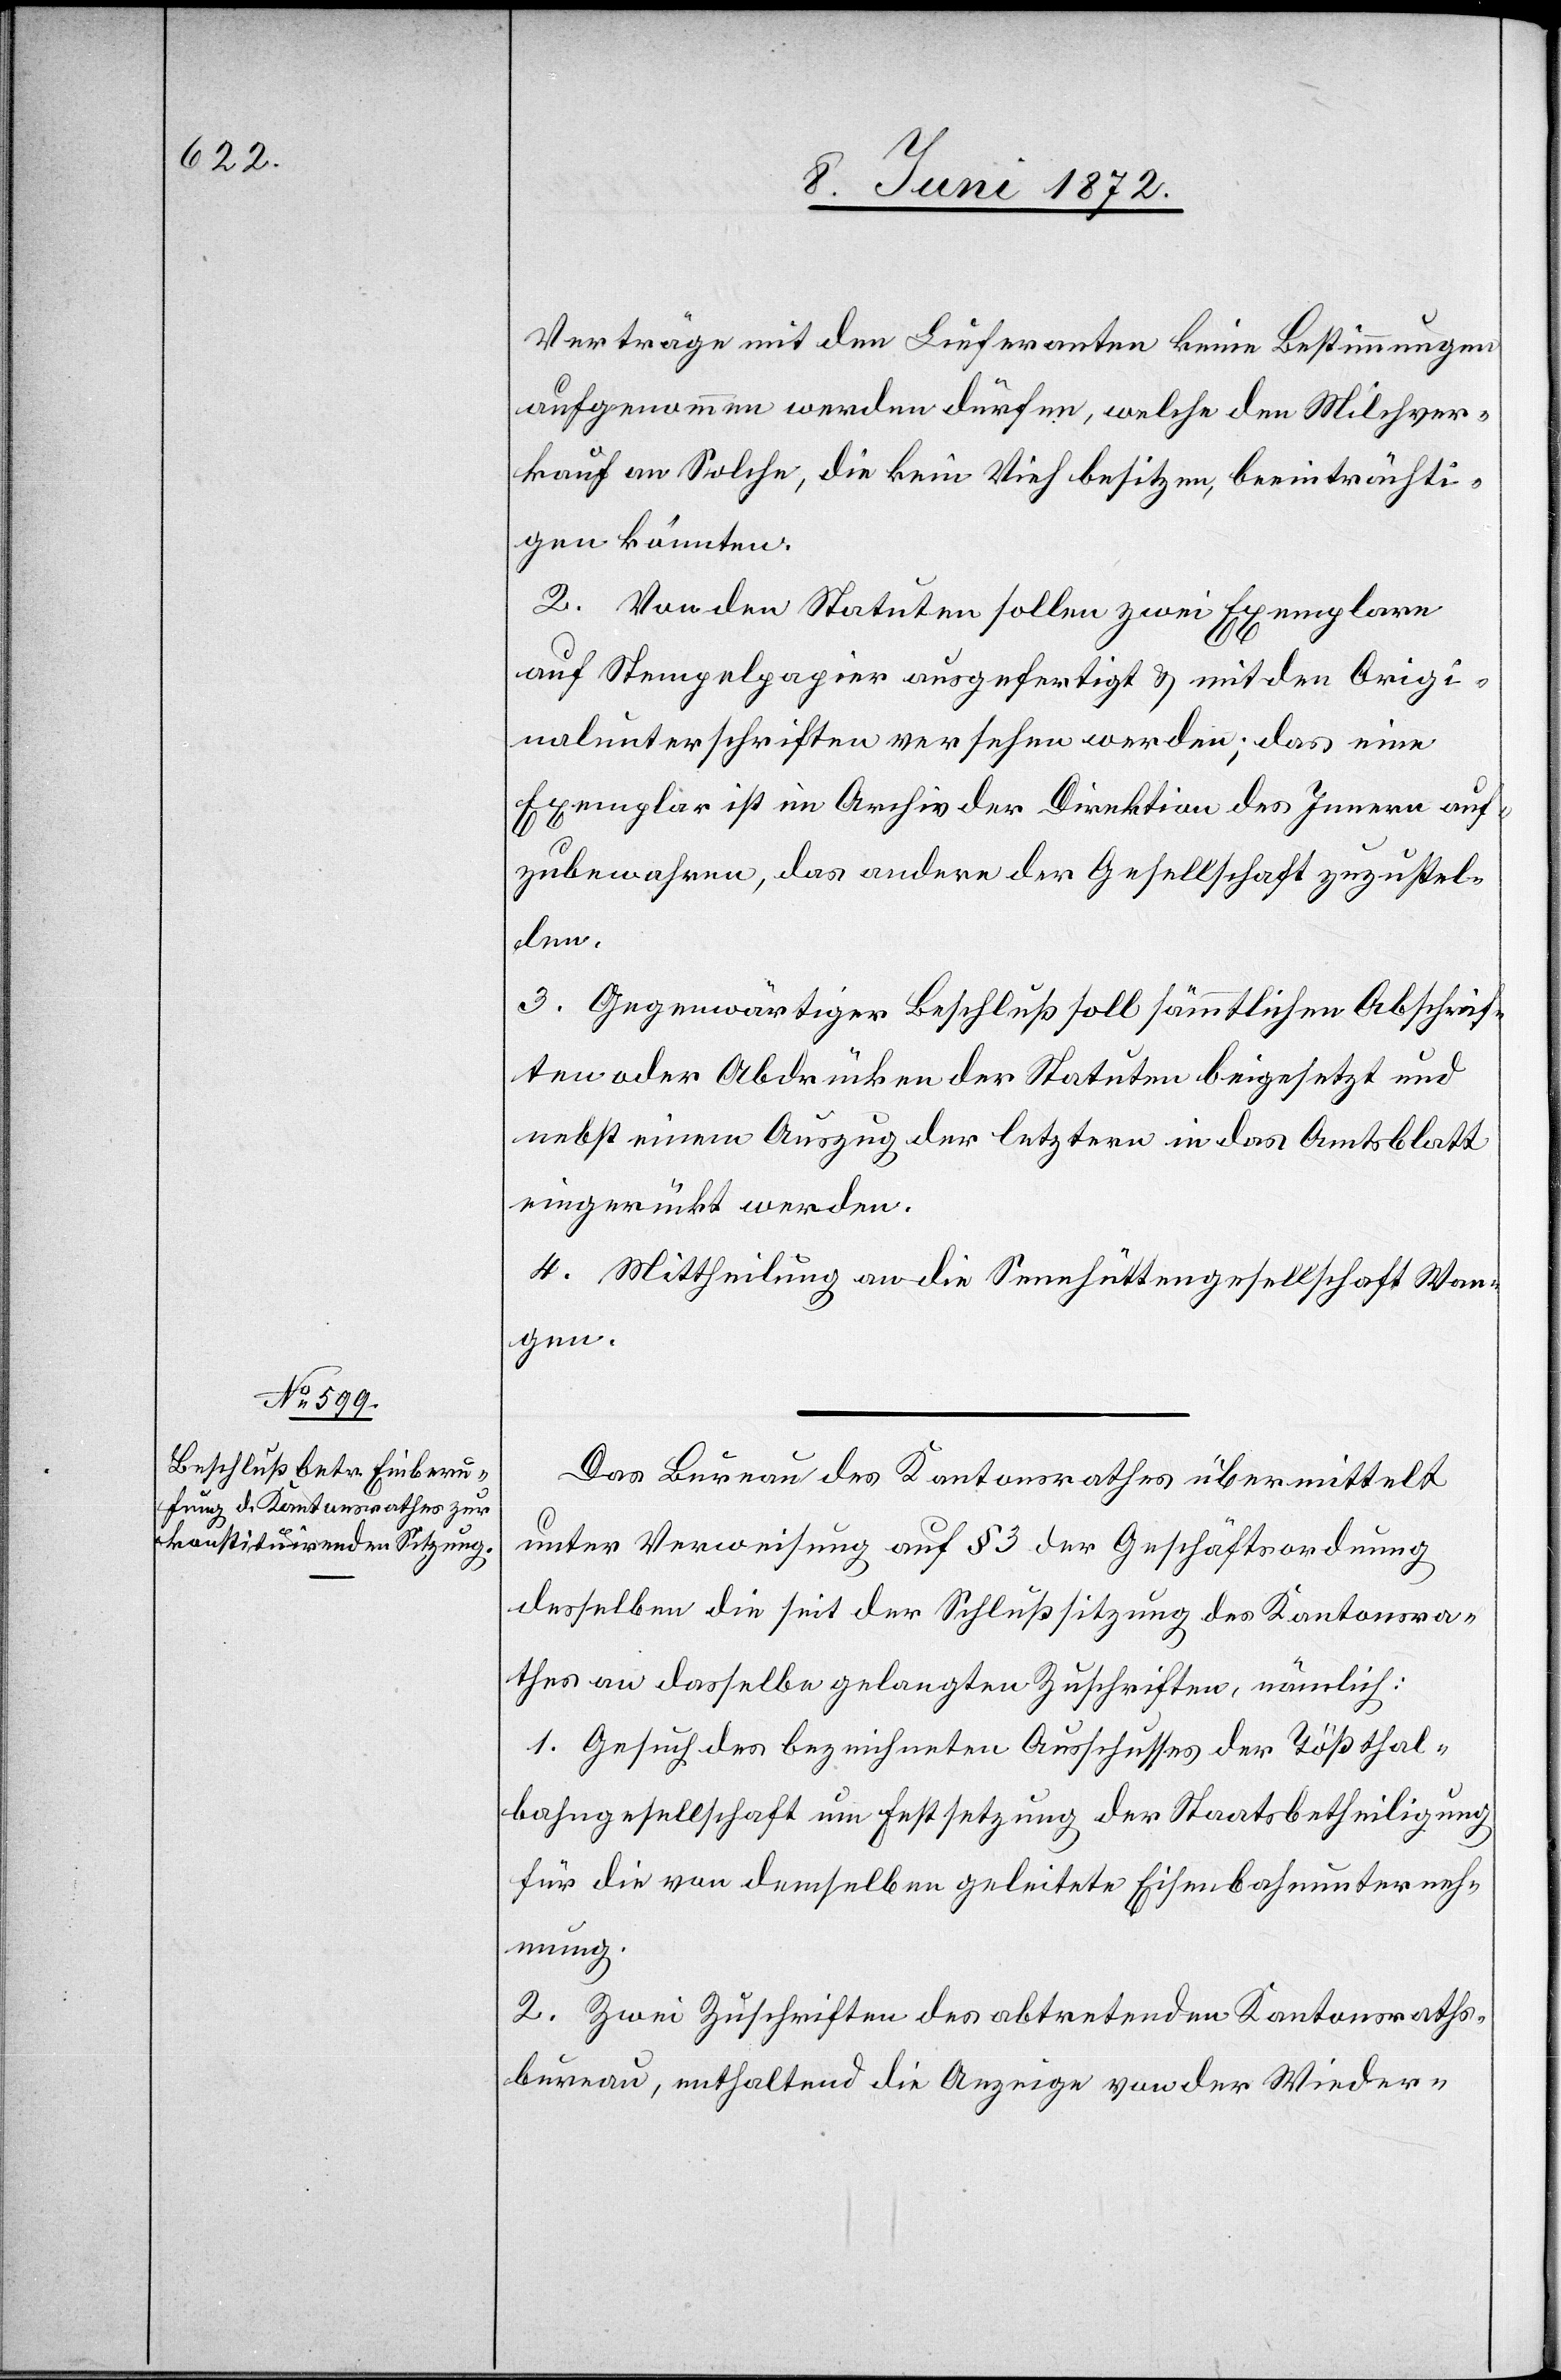
Verträge mit den Lieferanten keine Bestimmungen
aufgenommen werden dürfen, welche den Milchver¬
kauf an Solche, kein Vieh besitzen, beeinträchti¬
gen könnten.
2. Von den Statuten sollen zwei Exemplare
auf Stempelpapier ausgefertigt u. mit den Origi¬
nalunterschriften versehen werden; das eine
Exemplar ist im Archiv der Direktion des Innern auf¬
zubewahren, das andere der Gesellschaft zuzustel¬
len.
3. Gegenwärtiger Beschluß soll sämmtlichen Abschrif¬
ten oder Abdrücken der Statuten beigesetzt und
nebst einem Auszug der letztern in das Amtsblatt
eingerückt werden.
4. Mittheilung an die Sennhüttengesellschaft Wan¬
gen.
Das Bureau des Kantonsrathes übermittelt
unter Verweisung auf § 3 der Geschäftsordnung
desselben die seit der Schlußsitzung des Kantonsra¬
thes an dasselbe gelangten Zuschriften, nämlich:
1. Gesuch des bezeichneten Ausschusses der Tößthal¬
bahngesellschaft um Festsetzung der Staatsbetheiligung
für die von demselben geleitete Eisenbahnunterneh¬
mung.
2. Zwei Zuschriften des abtretenden Kantonsrathes¬
bureau, enthaltend die Anzeige von der Wieder-